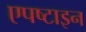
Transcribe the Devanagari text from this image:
एपष्टाइन